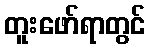
တူးဖော်ရာတွင်